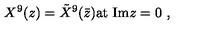
X ^ { 9 } ( z ) = { \tilde { X } } ^ { 9 } ( \bar { z } ) \mathrm { a t \ I m } z = 0 \ ,